Vital statistics of India. Vol. IV, Annual returns from 1871 to 1876. British Army of India, Native Army and jails of Bengal
Year: 1871
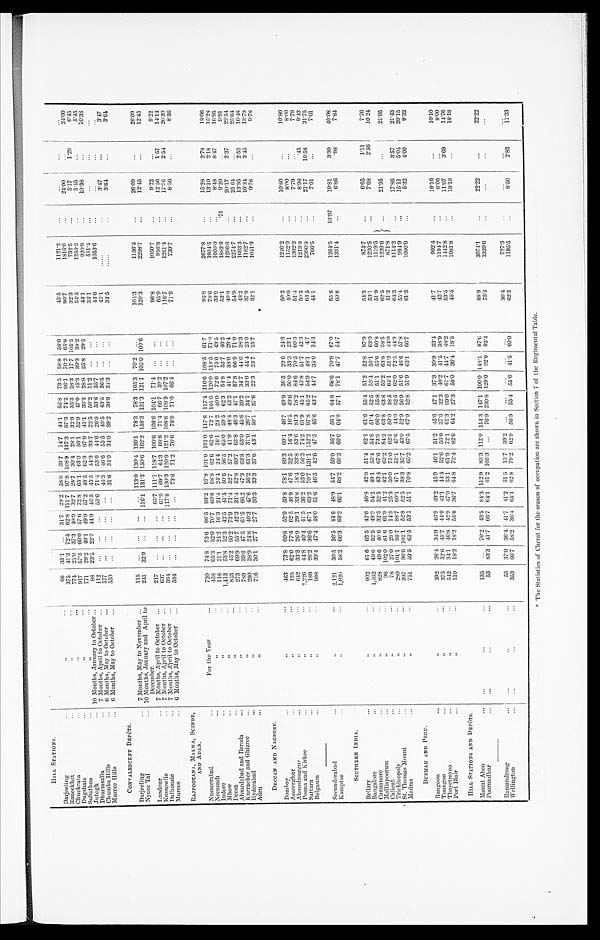
HILL STATIONS.
Darjeeling
,,
...
6 6
35.1
...
31.7 28.2 58.0 59.7 14.7 44.1 58.8 73.5 58.8 58.0
45.5
1121.2
...
...
. . .
. . .
Raneekhet
, ,
375
41.3 72.5 62.8 111.7 97.8 108.9 137.3 87.3 74.2 96.1 70.2 65.8
90.7
1816.0
. . .
24.00
. . .
24.00
Chuckrata
, , . . .
774
21.0 37.3 40.9 32.7 25.7 30.4 28.1 32.8 35.3 28.3 17.7 105.5
32.3
732.5
...
5.17
1.2
6.45
Dugshaie
...
, ,
917
57.5 60.0 57.6 72.8 65.1 63.0 56.1 52.9 47.0 453
39.3 38.2
54.5
1256.3
. . .
5.45
...
5.45
. Subathoo
,,
. . .
771
29.2 49.1 49.9 57.2 48.5 62.9 67.9 41.1 36.3 28.0 25.8 29.5
44.1
920.9
...
10.38
...
10.38
Jutogh
... 10 Months, January to October ...
88
23.5 22.7 44.9 45.5 45.5 44.9 33.7 22.5 56.2 11.2
...
...
34.1
511.4
...
...
...
. . .
Dhurmsalla
...
7 Months, April to October ...
112
...
...
...
53 6 71.4 53.6 44.6 26.8 53.6
3 5 . 7
. . .
. . .
44.6
1053.6
...
...
...
...
Chumba Hills
6 Months, May to October
...
577
...
...
...
...
46.3 46.6 55.5 43.5 43.5 36.5
...
...
45.1
. . . . . .
. . .
3.47
. . .
3.47
Murree Hill
6 Months, May to October
550 ...
...
...
...
31.6 34.0 34.0 38.2 38.9 31.3
...
...
34.5
......
. . .
3.64
...
3.64
CONVALESCENT DEPÔTS.
Darjeeling. ...
7 Months, May to November ...
115
...
...
...
... 113.0 130.4 139.1 78.3 78.3 105.3 70.2
...
104.3
1156.5
...
26.09
...
26.09
Nynee Tal
... 10 Months, January and April to
December.
241
32.9
...
... 116.1 131.3 150.6 162.2 158.3 131.3
1 2 1 . 1 105.0 109.6
120.3
2298.7
...
12.45
...
12.45
Landour
...
7 Months, April to October ...
217
...
. . . ...
65.7 111.1 118.7 109.6 108.6 104.1 71.4 ...
...
96.8
1050.7
...
9.22
...
9.22
Kussowlie
7 Months, April to October ...
637
. . .
...
. . . 61.9 69.7 64.3 69.8 71.4 66.7 59.2
...
. . .
65.9
916.8
...
12.56
1.57
14.13
Dalhousie
...
7 Months, April to October ...
394 ...
. . . ... 117.8 130.3 120.9 121.2 108.6 108.9 107.2 ...
...
116.7
1261.4
...
17.76
2.54
20.30
Murree
6 Mouths, May to October
584
...
. . . ...
...
73.6 71.2 76.6 76.9 71.0 66.4 ...
. . .
71.9
739.7
...
8.56
...
8.56
RAJPOOTANA, MALWA, SCINDE,
AND ADEN.
Nusseerabad
For the Year
. . .
720
74.8 73.6 86.5 93.2 97.8 101.0 101.0 117.8 117.4 116.6 108.5 61.7
95.8
2677.8
...
15.28
2.78
18.06
Neemuch
...
, ,
458
65.3 52.0 70.7 60.6 58.6 62.6 62.6 72.7 101.6 126.0 118.5 71.0
78.6
1934.5
...
13.10
2.18
15.28
Indore
, ,
118
21.1 24.2 16.3 24.4 24.4 24.4 16.1 24.2 40.0 72.6 75.6 43.5
33.9
1000.0
...
8.48
8.47
16.95
Mhow
...
,,
. . .
1,413
53.8 52.3 42.5 41.5 50.6 56.5 65.0 59.5 62.3 54.8 53.7 46.2
53.1
1883.9
.71
9.20
. . .
9.91
Deesa
...
,,
...
843
45.2 60.2 73.9 71.4 52.7 57.2 41.9
4 8 . 4 43.2 41.4 38.0 29.4
49.8
1296.6
. . .
20.17
2.37
22.54
Ahmedabad and Baroda
...
, ,
273
69.9 55.7 42.3 31.4 52.8 60.7 63.8 46.3 47.1 57.8 66.9 71.0
54.9
2274.7
...
25 64
. . .
25.64
Kurrachee and Ghizree
, , . . .
789
39.6 47.5 61.5 66.2 47.3 63.8 53.0 45.6 39.2 34.7 44.0 38.3
48.2
1693.3
...
13.95
2.53
16.48
Hyd erabad
...
, , . . .
290
38.9 24.8 40.3 47.6 56.2 61.3 31.0 26.7 34.1 33.0 44.4 23.0
37.9
1182.7
...
10.34
3.45
13.79
Aden
..
.
,,
. . .
716
30.1
27.7 27.7 30.3 33.3 37.6 43.1 50.1 37.6 22.3 23.7 25.7
32.1
1041.9
. . .
9.78
...
9.78
DECCAN AND NAGPORE.
Bombay
,,
...
463
73.8 60.8 52.9 59.8 78.1 89.3 60.1 46.7 49.9 36.5 29.6 24.6
56.2
1246.2
...
10.80
...
10.80
Asseerghur
, , . . .
125
62.0 77.5 62.5 46.9 47.6 32.5 16.4 16.5 49.6 50.0 33.3 23.1
40.0
1152.0
...
8.00
...
8.00
Ahmednuggur
...
, ,
642
33.3 26.9 29.1 33.8 18.4 33.8 53.6 81.3 78.2 84.6 70.5 60.3
51.4
1302.2
. . .
7.79
...
7.79
Poona and kirkee
,,
. . .
2,226
44.8 40.4 41.5 36.2 53.0 56.3 74.2 61.9 45.1 43.8 51.7 42.3
50.3
1213.8
...
8.98
. 4 5 9.43
Sattara
...
,,
. . .
189
26.2 36.6 47.1 63.2 70.7 131.1 152.2 97.8 65.2 54.9 48.1
4.7
63.5
2396.8
...
21.17
10.58
31.75
Belgaum
•••
, ,
998
39.4 47.4 48.0 51.6 46.5 42.6 47.5 45.6 43.7 44.7 35.0 34.3
44.1
766.5
. . .
7.01
...
7.01
Secunderabad
,,
. . .
2,121
30.5 36.5 44.6 48.9 54.7 59.0 56.7 56.1 64.8 68.6 70.9 67.0
55.6
1264.5
16.97
19.81
3.30
40.08
Kamptee
,,
...
1,020
58.2 66.3 69.2 66.1 68.2 66.3 60.0 64.0 57.1 78.1 47.7 54.7
60.8
1331.4
...
6.86
. 9 8 7.84
SOUTHERN INDIA.
Bellary
...
, ,
902
61.6 63.5 42.6 46.8 42.8 51.4 62.1 61.6 55.4 51.2 52.8 97.9
54.3
874.7
. . .
6.65
1.11
7.76
Bangalore
,,
. . .
1,562
49.6 52.5 49.9 54.2 49.1 55.4 54.8 51.4 52.5 53.4 56.1 63.0
53.1
1230.5
...
7.68
2.56
10.24
Cannanore
,,
...
828
49.6 40.6 32.5 32.5 43.4 67.6 73.9 66.0 55.8 51.1 55.6 60.8
51.9
1119.5
Malliapoorum
. . .
,,
...
96 102.0 81.6 61.9 41.2 42.1 63.2 84.2 63.8 63.8 53.2 63.8 38.5
62.5
1239.6
. . .
21.95
. . .
2 1 . 9 5
Calicut
,,
...
78
27.0 29.0 14.5 25.3 50.0 75.0 62.5 50.0 38.5 6.41 51.3 44.0
51.3
871.8
Trichinopoly
, , . . .
280 101.1 95.7 88.7 60.1 47.1 51.1 47.6 44.0 62.5 62.0 72.5 44.9
64.3
1114.3
. . .
17.86
3.57
21.43
St. Thomas Mount
,,
...
397
96.6 102.1 52.8 52.5 38.3 35.7 43.0 52.9 56.9 51.6 46.6 57.8
55.4
994.9
...
15.11
5.04
20.15
Madras
, , . . .
751
59.5 63.5 53.1 51.1 70.8 65.2 67.5 67.9 52.8 51.9 63.1 66.7
61.3
1000.0
. . .
5.32
4.00
9.32
BURMAH AND PEGU.
Rangoon...
, , . . .
392
26.4 3 4 . 9
46.9 49.2 45.9 46.1 51.2 45.6 47.1 37.3 39.9 33.4
41.7
992.4
. . .
10.10
...
1 0 . 1 0
Toungoo...
,,
...
375
52.6 45.7 44.0 43.1 44.4 52.6 56.0 37.6 32.3 40.2 41.5 38.9
42.7
1194.7
...
8.00
...
8.00
Thayetmyoo
, , . . .
542
34.1 46.8 42.9 47.0 53.1 61.9 72.1 61.3 69.0 61.7 44.7 48.2
53.5
1442.8
...
11.07
3.69
14.76
Port Blair
,,
. . .
110
18.2 18.2 55.0 36.7 64.8
73.4 82.6 64.2 27.3 50.0 36.4 18.5
45.5
1081.8
...
1 8 . 1 8
...
18.18
HILL STATIONS AND DEPÔTS.
Mount Aboo
...
... ...
135
...
70.2 43.5 84.3 112.9 83.3 112.0 114.3 147.1 100.0 148.1 97.6
88.9
3074.1
. . .
22.22
...
2 2 . 2 2
Poorundhur
...
... . . .
53
83.3 41.7 66.7 64.1 61.2 105.3
...
76.9 230.8
1 2 9 . 0 92.0 92.4
75.5
3339.6
. . .
. . .
. . .
. . .
Ramandroog
...
. . .
. . .
55
37.0 36.4 41.7 41.2 51.5 13.7 39.2
...
...
...
...
...
36.4
727.3
. . .
...
...
...
Wellingt on
. . . . . . . . .
353
66.7 58.2 36.4 65.1 62.8 79.2 62.9 56.9 55.4 55.6 41.5 60.0
62.3
1195.5
...
8.50
2.83
11.33
* The Statistics of Cherat for the season of occupation are shown in Section 7 of the Regimental Table.